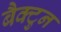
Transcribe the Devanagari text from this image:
बैक्टुन